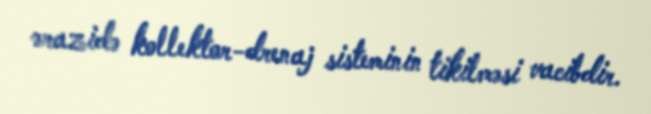
ərazidə kollektor-drenaj sisteminin tikilməsi vacibdir.